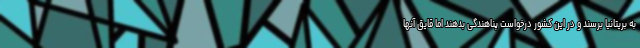
به بریتانیا برسند و در این کشور درخواست پناهندگی بدهند اما قایق آنها